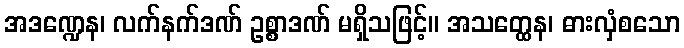
အဒဏ္ဍေန၊ လက်နက်ဒဏ် ဥစ္စာဒဏ် မရှိသဖြင့်။ အသတ္ထေန၊ ဓားလှံစသော